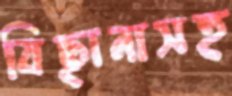
বিছানাসহ